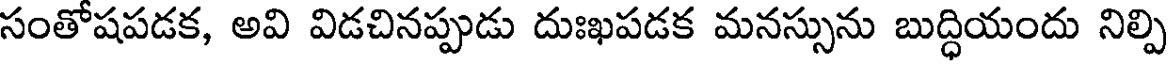
సంతోషపడక, అవి విడచినప్పుడు దుఃఖపడక మనస్సును బుద్ధియందు నిల్పి